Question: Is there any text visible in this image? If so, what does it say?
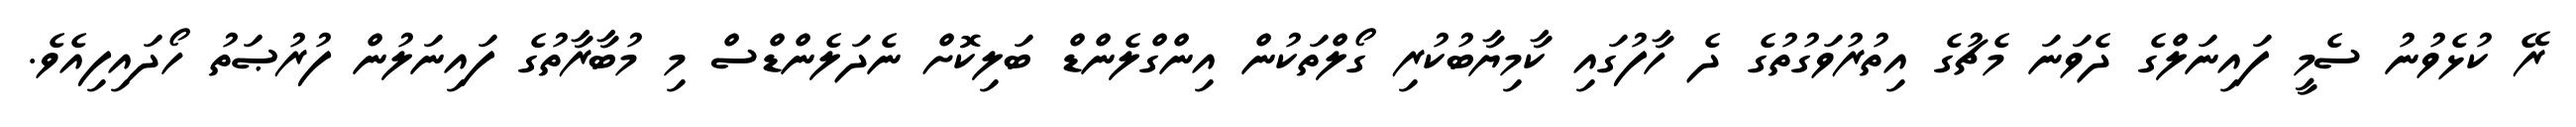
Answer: ރޭ ކުޅެވުނު ސެމީ ފައިނަލްގެ ދެވަނަ މެޗުގެ އިތުރުވަގުތުގެ ދެ ހާފުގައި ކާމިޔާބުކުރި ގޯލްތަކުން އިންގްލެންޑް ބަލިކޮށް ނެދަލެންޑްސް މި މުބާރާތުގެ ފައިނަލުން ފުރުޞަތު ހޯދައިފިއެވެ.